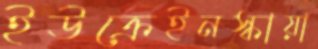
ইউক্রেইনস্কায়া